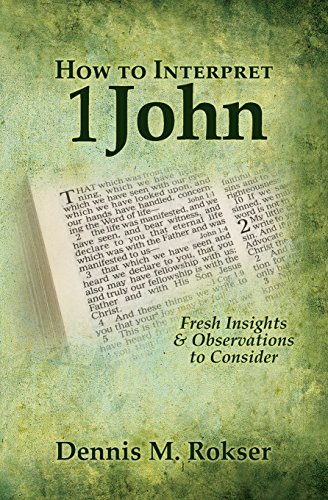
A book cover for How to Interpret 1 John: Fresh Insights & Observations to Consider; Dennis M. Rokser; Christian Books & Bibles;